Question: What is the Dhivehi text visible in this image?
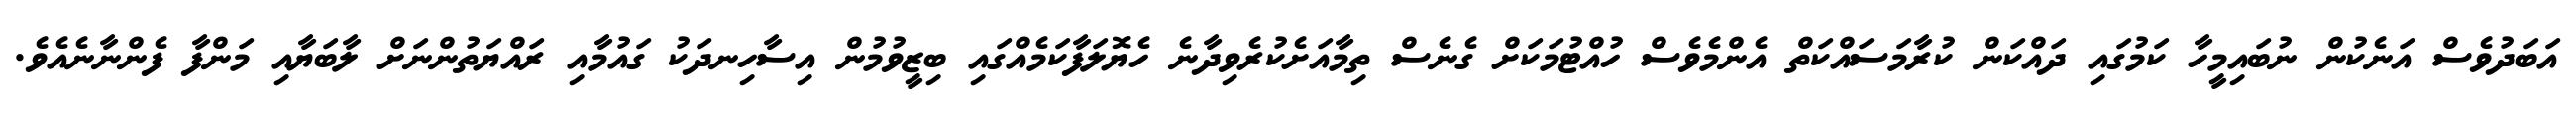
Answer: އަބަދުވެސް އަނެކުން ނުބައިމީހާ ކަމުގައި ދައްކަން ކުރާމަސައްކަތް އެންމެވެސް ހުއްޓުމަކަށް ގެނެސް ތިމާއަށެކުރެވިދާނެ ހެޔޮލަފާކަމެއްގައި ބިޒީވުމުން އިސާހިނދަކު ގައުމާއި ރައްޔަތުންނަށް ލާބަޔާއި މަންފާ ފެންނާނެއެވެ.